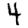
Digit: 4